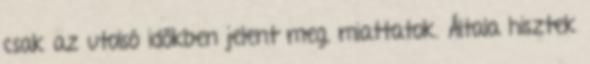
csak az utolsó időkben jelent meg, miattatok. Általa hisztek